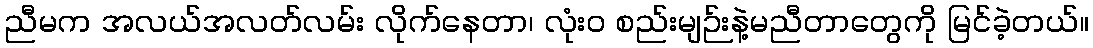
ညီမက အလယ်အလတ်လမ်း လိုက်နေတာ၊ လုံးဝ စည်းမျဉ်းနဲ့မညီတာတွေကို မြင်ခဲ့တယ်။